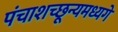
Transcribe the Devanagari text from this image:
पंचाशच्छून्यमध्यगे